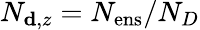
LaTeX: N_{\mathbf{d},z}=N_{\mathrm{ens}}/N_{D}